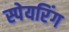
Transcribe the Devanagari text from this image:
स्पेयरिंग